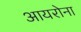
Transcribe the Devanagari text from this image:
आयरोना